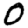
Digit: 0